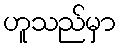
ဟူသည်မှာ